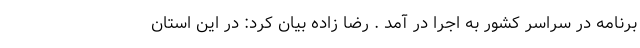
برنامه در سراسر کشور به اجرا در آمد . رضا زاده بیان کرد: در این استان